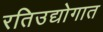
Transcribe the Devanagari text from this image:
रतिउद्योगात